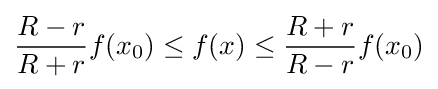
{R-r \over R+r}f(x_{0})\leq f(x)\leq {R+r \over R-r}f(x_{0})